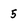
Character: 5